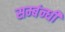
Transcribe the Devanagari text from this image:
सम्बंन्धी